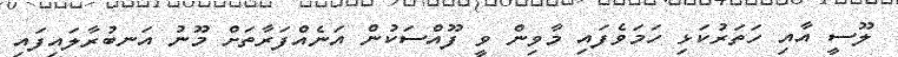
ލޫސީ އާއި ހަތަރުކަޅި ހަމަވެފައި މާވިން ވީ ފޫއްސަކުން އަނެއްފަރާތަށް މޫނު އަނބުރާލައިފައި